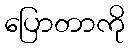
ပြောတာကို